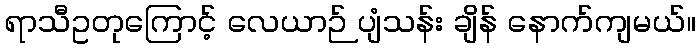
ရာသီဥတုကြောင့် လေယာဉ် ပျံသန်း ချိန် နောက်ကျမယ်။